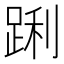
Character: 𮛝